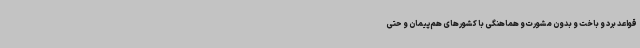
قواعد برد و باخت و بدون مشورت و هماهنگی با کشورهای هم‌پیمان و حتی